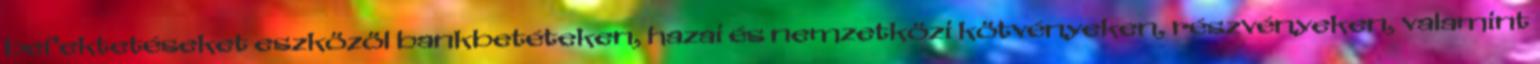
befektetéseket eszközöl bankbetéteken, hazai és nemzetközi kötvényeken, részvényeken, valamint